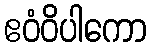
ဧဝံဝိပါကော